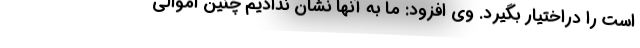
است را دراختیار بگیرد. وی افزود: ما به آنها نشان ندادیم چنین اموالی